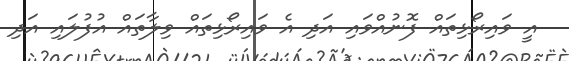
އީ ވައިރޯޅިތައް ފޮނުއްވައި އަދި އެ ވައިރޯޅިތައް ވިލާތައް އުފުލައި އަދި